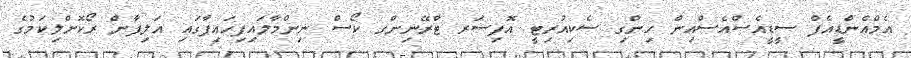
އެމްއެންޑީއެފް ސީޑީއެސްއެސްއިން ހިންގި ސެކިއުރިޓީ އޮފިސަރ ޓްރޭނިންގ ކޯސް ނިންމާލައިފިހައިފާގައި އަލިފާން ރޯކޮށްލިކަމުގެ